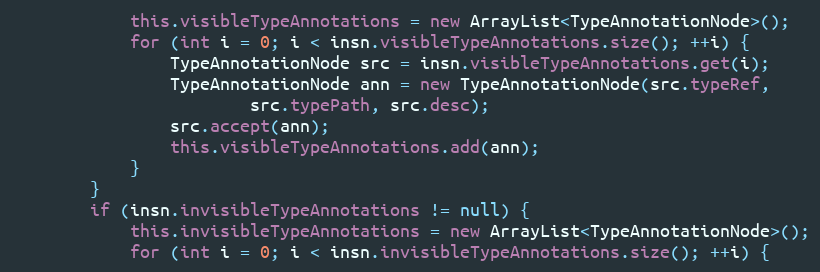
Language: Java
            this.visibleTypeAnnotations = new ArrayList<TypeAnnotationNode>();
            for (int i = 0; i < insn.visibleTypeAnnotations.size(); ++i) {
                TypeAnnotationNode src = insn.visibleTypeAnnotations.get(i);
                TypeAnnotationNode ann = new TypeAnnotationNode(src.typeRef,
                        src.typePath, src.desc);
                src.accept(ann);
                this.visibleTypeAnnotations.add(ann);
            }
        }
        if (insn.invisibleTypeAnnotations != null) {
            this.invisibleTypeAnnotations = new ArrayList<TypeAnnotationNode>();
            for (int i = 0; i < insn.invisibleTypeAnnotations.size(); ++i) {